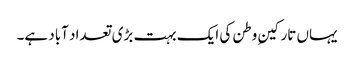
یہاں تارکینِ وطن کی ایک بہت بڑی تعداد آباد ہے۔